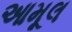
આમૂલ